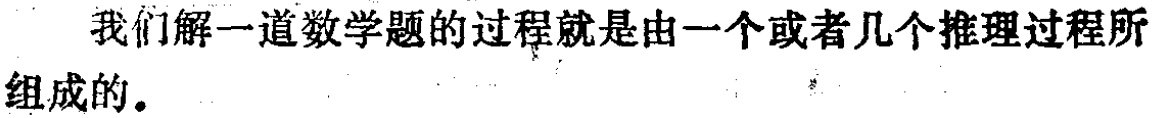
我们解一道数学题的过程就是由一个或者几个推理过程所组成的。